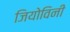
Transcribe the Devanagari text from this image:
जियोविनी